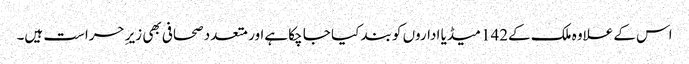
اس کے علاوہ ملک کے142 میڈیا اداروں کو بند کیا جا چکا ہےاور متعدد صحافی بھی زیرِ حراست ہیں۔